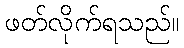
ဖတ်လိုက်ရသည်။